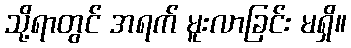
သို့ရာတွင် အရက် မူးလာခြင်း မရှိ။